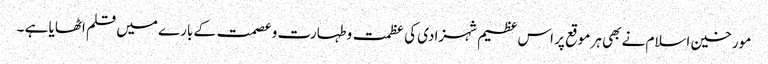
مورخین اسلام نے بھی ہر موقع پر اس عظیم شہزادی کی عظمت وطہارت و عصمت کے بارے میں قلم اٹھایا ہے ۔